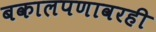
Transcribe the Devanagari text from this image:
बकालपणावरही